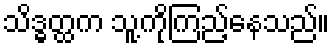
သိဒ္ဓတ္ထက သူ့ကိုကြည့်နေသည်။